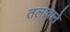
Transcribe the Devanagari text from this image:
तलावाने